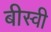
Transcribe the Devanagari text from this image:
बीस्वी